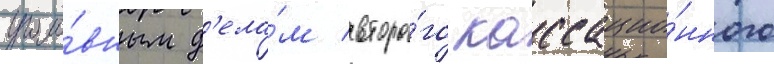
уголо́вным д'ела́м второ́го кассацио́нного